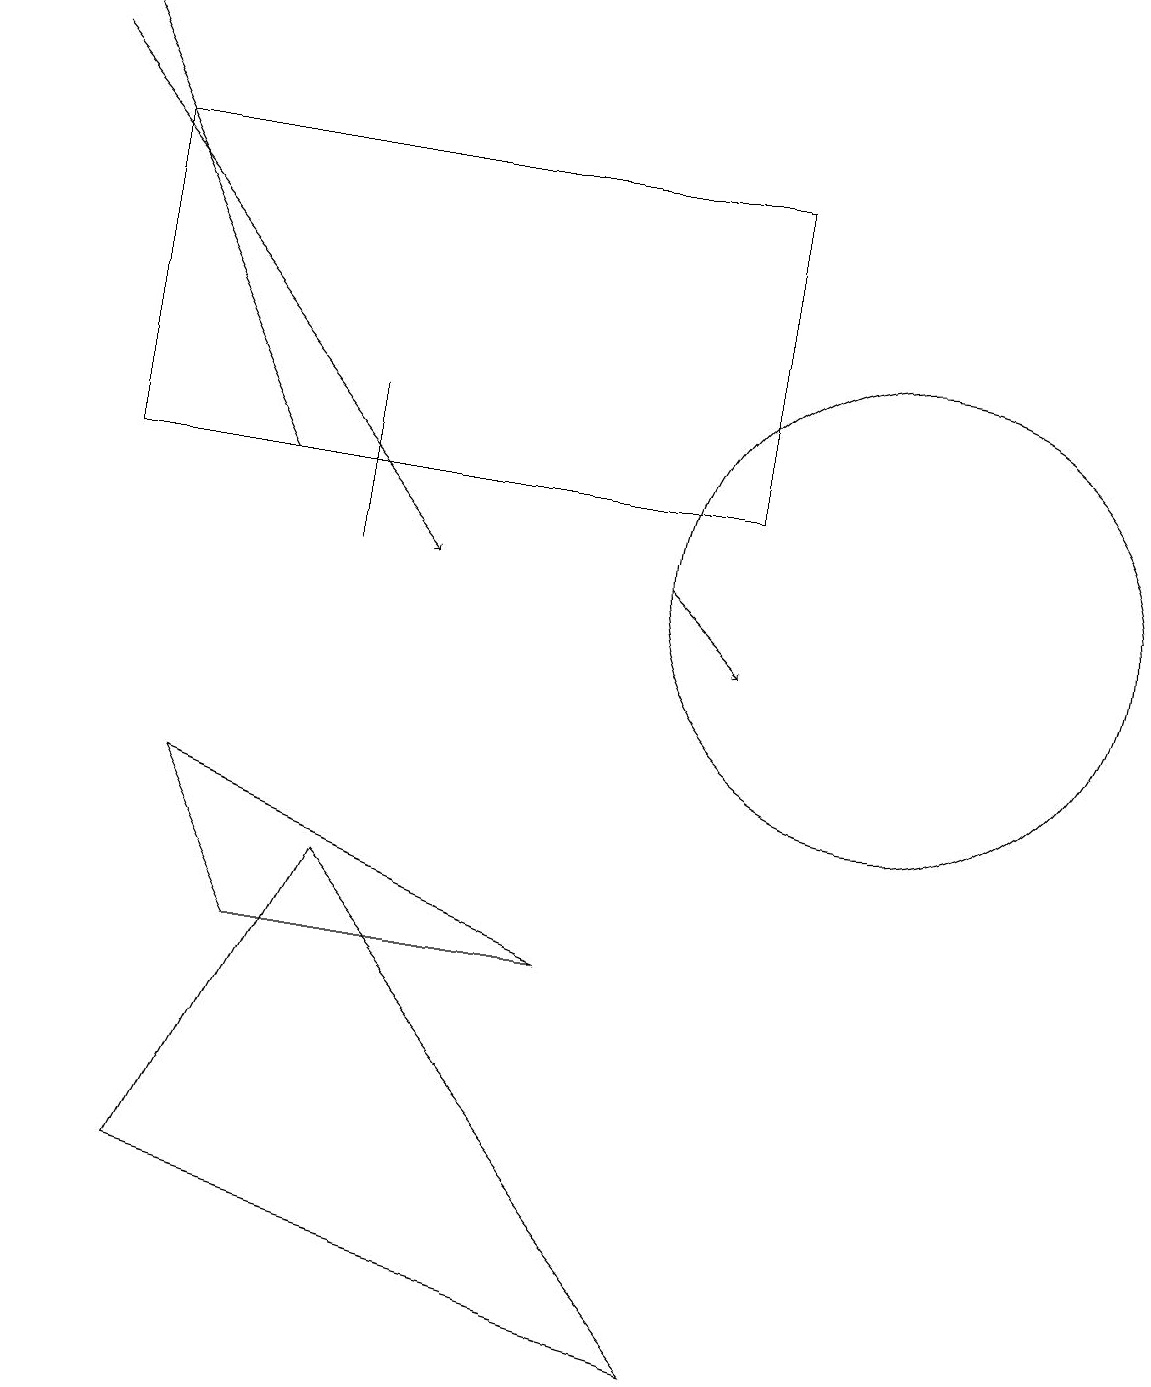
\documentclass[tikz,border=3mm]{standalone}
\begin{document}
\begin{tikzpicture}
\draw[->] (8,11) -- (9,10);
\draw (2,3) -- (4,7) -- (9,1) -- cycle;
\draw[->] (3,12) -- (0,18);
\draw (1,12) rectangle (9,16);
\draw (11,11) circle (3);
\draw[->] (0,17) -- (5,11);
\draw (3,6) -- (7,6) -- (2,8) -- cycle;
\draw (4,11) rectangle (4,13);
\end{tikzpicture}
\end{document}